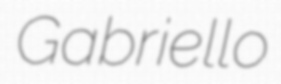
Gabriello